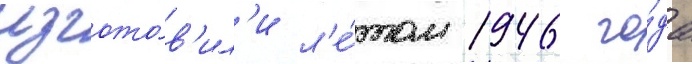
изгото́в'ил'и л'е́том 1946 го́да